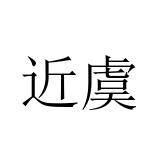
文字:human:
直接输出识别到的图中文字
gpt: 近虞